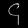
Digit: ၄